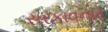
સરકાવનાર